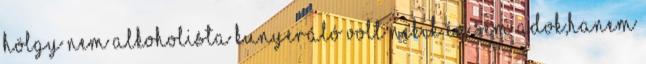
hölgy nem alkoholista kunyeráló volt nekik én sem adok,hanem